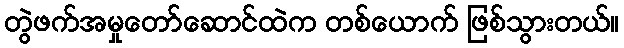
တွဲဖက်အမှုတော်ဆောင်ထဲက တစ်ယောက် ဖြစ်သွားတယ်။